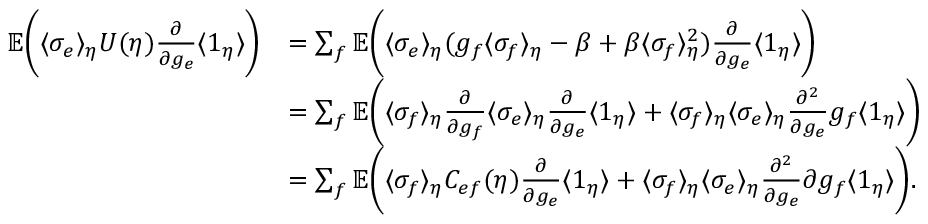
\begin{array} { r l } { \mathbb { E } \biggl ( \langle \sigma _ { e } \rangle _ { \eta } U ( \eta ) \frac { \partial } { \partial g _ { e } } \langle 1 _ { \eta } \rangle \biggr ) } & { = \sum _ { f } \mathbb { E } \biggl ( \langle \sigma _ { e } \rangle _ { \eta } ( g _ { f } \langle \sigma _ { f } \rangle _ { \eta } - \beta + \beta \langle \sigma _ { f } \rangle _ { \eta } ^ { 2 } ) \frac { \partial } { \partial g _ { e } } \langle 1 _ { \eta } \rangle \biggr ) } \\ & { = \sum _ { f } \mathbb { E } \biggl ( \langle \sigma _ { f } \rangle _ { \eta } \frac { \partial } { \partial g _ { f } } \langle \sigma _ { e } \rangle _ { \eta } \frac { \partial } { \partial g _ { e } } \langle 1 _ { \eta } \rangle + \langle \sigma _ { f } \rangle _ { \eta } \langle \sigma _ { e } \rangle _ { \eta } \frac { \partial ^ { 2 } } { \partial g _ { e } } { g _ { f } } \langle 1 _ { \eta } \rangle \biggr ) } \\ & { = \sum _ { f } \mathbb { E } \biggl ( \langle \sigma _ { f } \rangle _ { \eta } C _ { e f } ( \eta ) \frac { \partial } { \partial g _ { e } } \langle 1 _ { \eta } \rangle + \langle \sigma _ { f } \rangle _ { \eta } \langle \sigma _ { e } \rangle _ { \eta } \frac { \partial ^ { 2 } } { \partial g _ { e } } { \partial g _ { f } } \langle 1 _ { \eta } \rangle \biggr ) . } \end{array}